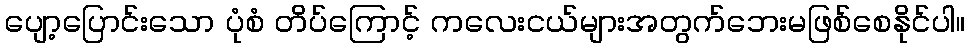
ပျော့ပြောင်းသော ပုံစံ တိပ်ကြောင့် ကလေးငယ်များအတွက်ဘေးမဖြစ်စေနိုင်ပါ။